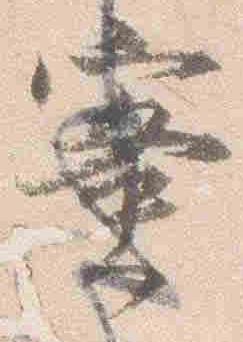
蜜